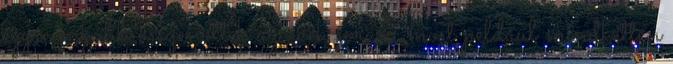
egyre inkább összenőttek az évek során, most például mindketten